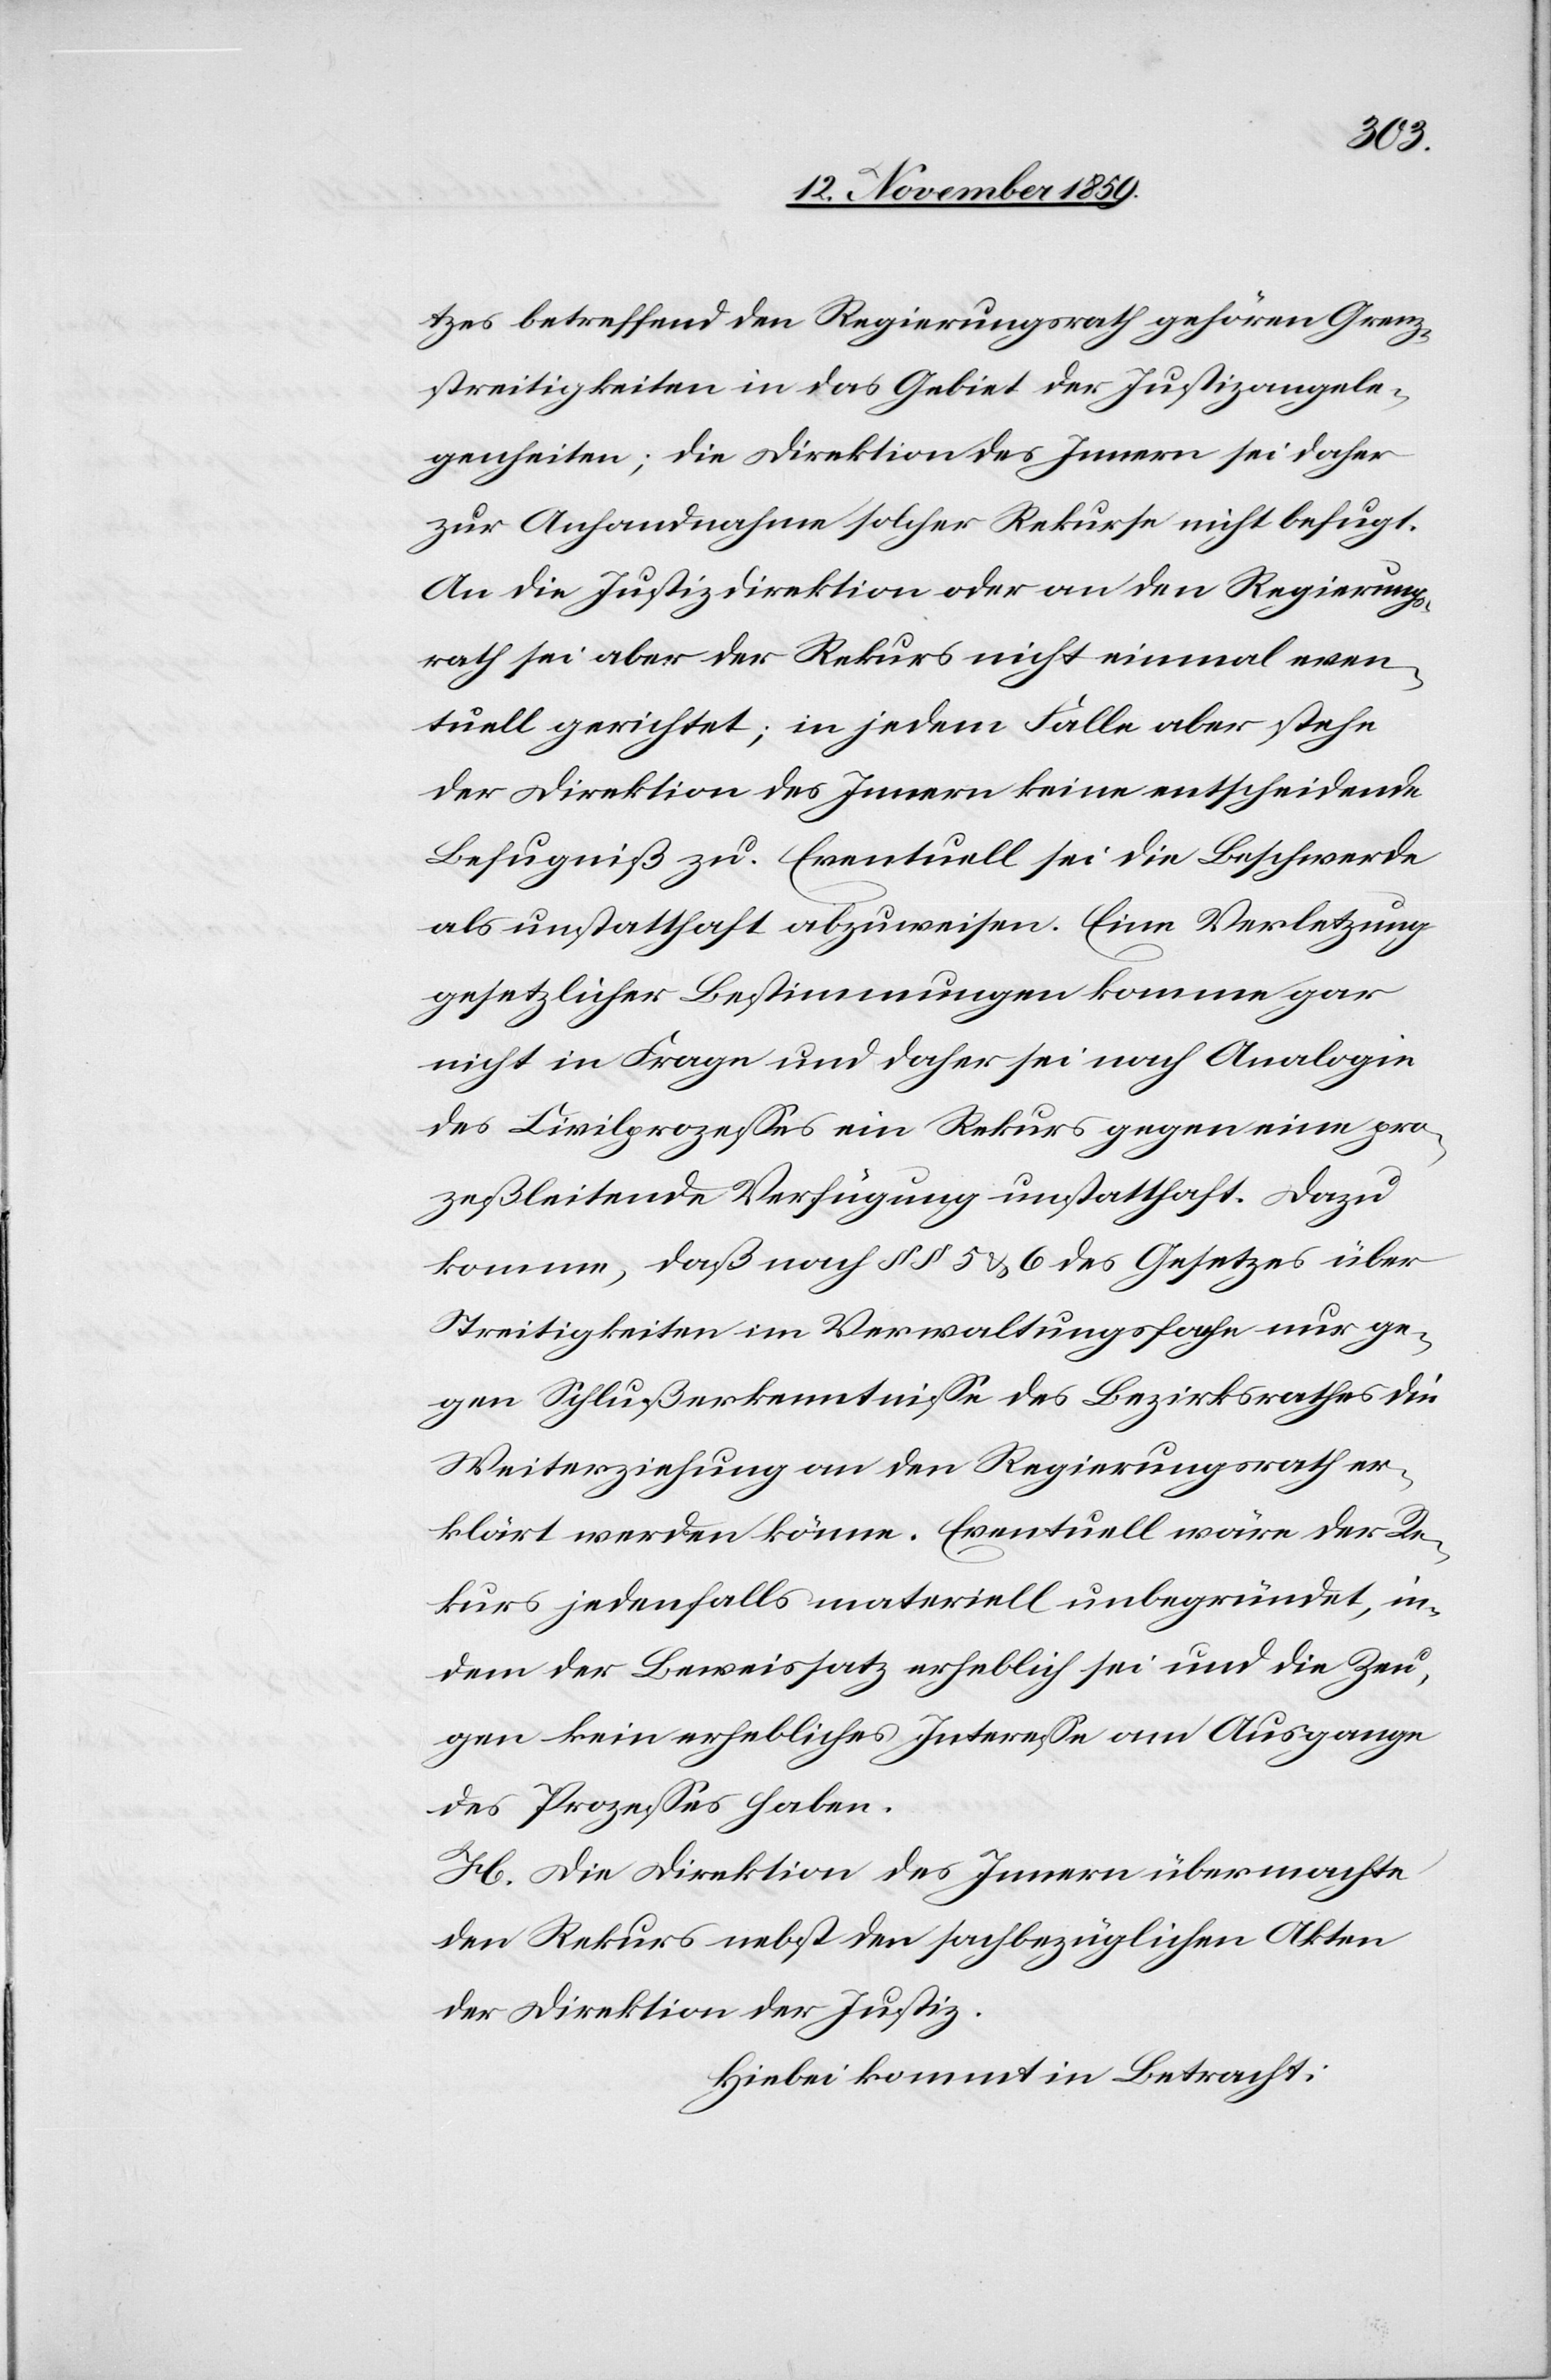
tzes betreffend den Regierungsrath gehören Grenz¬
streitigkeiten in das Gebiet der Justizangele¬
genheiten; die Direktion des Innern sei daher
zur Anhandnahme solcher Rekurse nicht befugt.
An die Justizdirektion oder an den Regierungs¬
rath sei aber der Rekurs nicht einmal even¬
tuell gerichtet; in jedem Falle aber stehe
der Direktion des Innern keine entscheidende
Befugniß zu. Eventuell sei die Beschwerde
als unstatthaft abgewiesen. Eine Verletzung
gesetzlicher Bestimmungen komme gar
nicht in Frage und daher sei nach Analogie
des Civilprozesses ein Rekurs gegen eine pro¬
zessleitende Verfügung unstatthaft. Dazu
komme, daß nach §§ 5 & 6 des Gesetzes über
Streitigkeiten im Verwaltungsfache nur ge¬
gen Schlußerkenntnisse des Bezirksrathes die
Weiterziehung an den Regierungsrath er¬
klärt werden könne. Eventuell wäre der Re¬
kurs jedenfalls materiell unbegründet, in¬
dem der Beweissatz erheblich sei und die Zeu¬
gen kein erhebliches Interesse am Ausgange
des Prozesses haben.
H. Die Direktion des Innern übermachte
den Rekurs nebst den sachbezüglichen Akten
der Direktion der Justiz.
Hiebei kommt in Betracht: